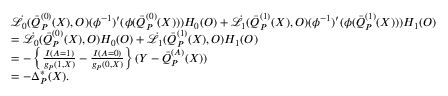
\begin{array} { r l } & { \dot { \mathcal { L } } _ { 0 } ( \bar { Q } _ { P } ^ { ( 0 ) } ( X ) , O ) ( \phi ^ { - 1 } ) ^ { \prime } ( \phi ( \bar { Q } _ { P } ^ { ( 0 ) } ( X ) ) ) H _ { 0 } ( O ) + \dot { \mathcal { L } } _ { 1 } ( \bar { Q } _ { P } ^ { ( 1 ) } ( X ) , O ) ( \phi ^ { - 1 } ) ^ { \prime } ( \phi ( \bar { Q } _ { P } ^ { ( 1 ) } ( X ) ) ) H _ { 1 } ( O ) } \\ & { = \dot { \mathcal { L } } _ { 0 } ( \bar { Q } _ { P } ^ { ( 0 ) } ( X ) , O ) H _ { 0 } ( O ) + \dot { \mathcal { L } } _ { 1 } ( \bar { Q } _ { P } ^ { ( 1 ) } ( X ) , O ) H _ { 1 } ( O ) } \\ & { = - \left\{ \frac { I ( A = 1 ) } { g _ { P } ( 1 , X ) } - \frac { I ( A = 0 ) } { g _ { P } ( 0 , X ) } \right\} ( Y - \bar { Q } _ { P } ^ { ( A ) } ( X ) ) } \\ & { = - \Delta _ { P } ^ { * } ( X ) . } \end{array}